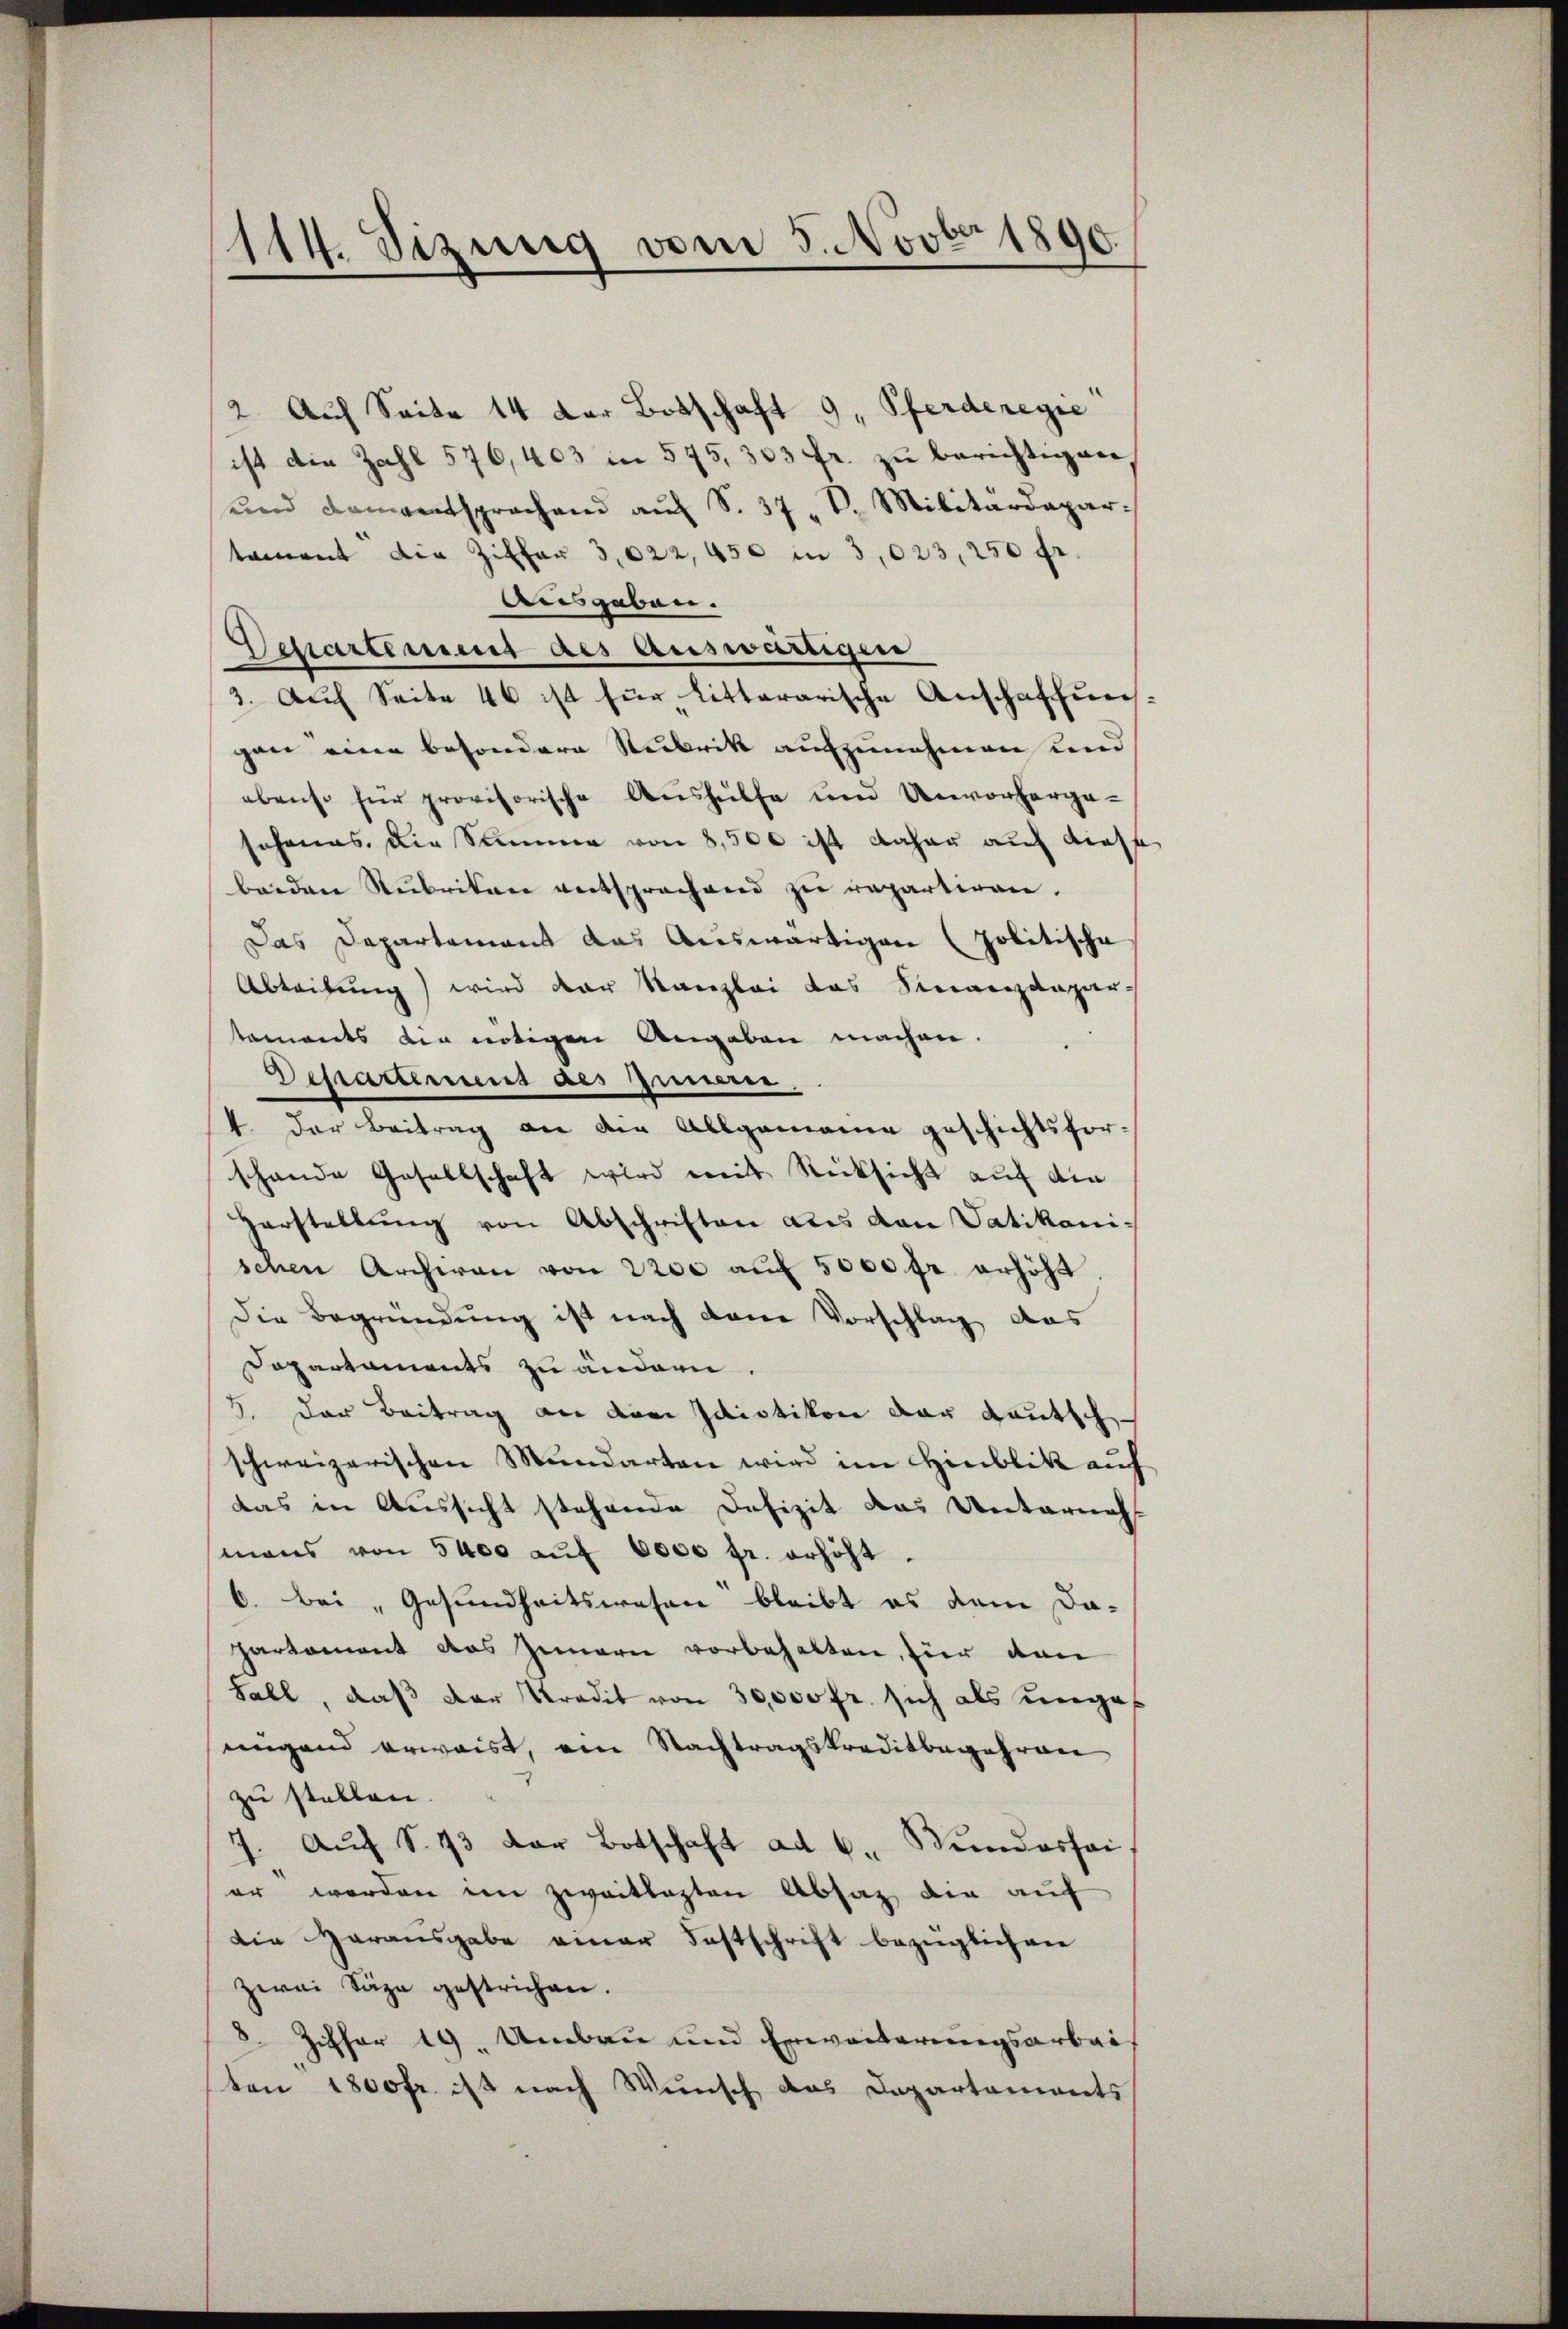
114. Sizung vom 5. Novbr 1890.

2. Auf Seite 14 der Botschaft 9, Pferderegie
ist die Zahl 576,403 in 575, 303 fr. zu berichtigen
und Damentsprachend auf S. 37, S. Militärdepar
tament die Ziffer 3,022, 450 in 3,023, 250 fr.
Ausgaben.
Dchartement des auswärtigen
3. Auf Seite 46 ist für litterarische Anschaffun
gen eine besondere Rubrik aufzunehmen und
ebenso für provisorische Aushülfe und Unvorherge-
sehenes, die Summe von 8,500 ist daher auch diese
beiden Stŭbriten entsprechend zŭ repartiren.
Das Departement das Auswärtigen (politische
Abteilung) wird der Kanzlei das Sinanzdepar-
taments die nötigen Angaben machen.
Dessarterung des Zimerer.
4. Der Beitrag an die Allgemeine geschichtsforschande Gesellschaft wird weit Rücksicht auf die
Herstellŭng von Abschriften des von Vatikani-
schen Archiven von 2200 aŭf 5000 fr erhöht.
Die Begründung ist nach dene Vorschlag das
Departaments zu ändern.
5. der Beitrag an dem Idiotikon der deutsch
schweizerischen Mundarten wird im Hinblik auf
das in Aussicht stehende Defizit das Unternah
mans von 5400 aŭf 6000 fr. erhöht.
6. bei „Gesundheitswesen bleibt es dem Da-
partament das Innern vorbehalten, für den
Fall, daβ der Predit von 30,000 fr. sich als unges
nngend erwaist, ein Nachtragskreditbegehren
zu stellen.
Auf S. 13 der Botschaft ad 6. Stundeshai
.
er werden im zweitlasten Absatz die auf
Die Harausgabe einer Festschrift bezüglichen
zwei Säge gestrichen.
8 Ziffer 19. Umbau und Erweiterungsarbeit
ten 1800 fr. ist nach Wunsch das Departaments